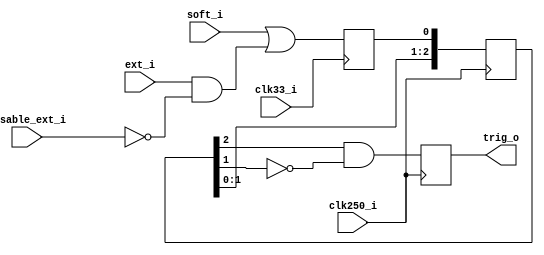
`timescale 1ns / 1ps
////////////////////////////////////////////////////////////////////////////////
// This file is a part of the Antarctic Impulsive Transient Antenna (ANITA)
// project, a collaborative scientific effort between multiple institutions. For
// more information, contact Peter Gorham (gorham@phys.hawaii.edu).
//
// All rights reserved.
//
// Author:
// Author:
////////////////////////////////////////////////////////////////////////////////
module soft_or_ext_pipe(input soft_i,
							input ext_i,
							input disable_ext_i,
							input clk250_i,
							input clk33_i,
							output trig_o);
	
	reg soft_or_ext_clk33 = 0;

	(* SHREG_EXTRACT = "NO" *)
	reg [2:0] soft_or_ext_clk250 = 0;
	
	reg trig = 0;
	
	always @(posedge clk33_i) begin
		soft_or_ext_clk33 <= soft_i || (ext_i && !disable_ext_i);
	end
	always @(posedge clk250_i) begin
		soft_or_ext_clk250 <= {soft_or_ext_clk250[1:0],soft_or_ext_clk33};
		trig <= soft_or_ext_clk250[2] && !soft_or_ext_clk250[1];
	end

	assign trig_o = trig;
endmodule